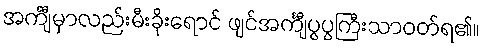
အင်္ကျီမှာလည်းမီးခိုးရောင် ဖျင်အင်္ကျီပွပွကြီးသာဝတ်ရ၏။